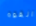
القوه